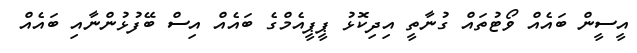
އީސީން ބައެއް ވޯޓުތައް ގުނާތީ އިދިކޮޅު ޕީޕީއެމްގެ ބައެއް އިސް ބޭފުޅުންނާއި ބައެއް